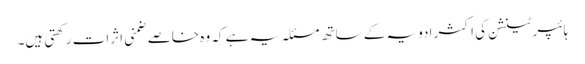
ہائپر ٹینشن کی اکثر ادویہ کے ساتھ مسئلہ یہ ہے کہ وہ خاصے ضمنی اثرات رکھتی ہیں۔